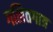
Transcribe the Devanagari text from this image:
गलितगात्र